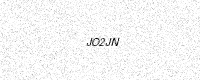
Text: JO2JN